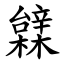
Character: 䢄